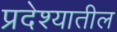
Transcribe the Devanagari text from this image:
प्रदेश्यातील